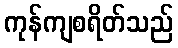
ကုန်ကျစရိတ်သည်